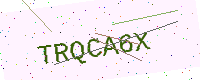
Text: TRQCA6X